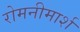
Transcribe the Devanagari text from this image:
रोमनीमार्श